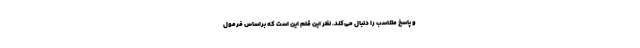
و پاسخ متناسب را دنبال می‌کند. نظر این قلم این است که براساس فرمول